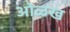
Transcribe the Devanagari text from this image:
आेळख